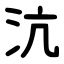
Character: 沆